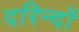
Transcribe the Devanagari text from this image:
दरिन्‍दों